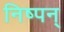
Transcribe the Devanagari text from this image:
निष्पन्